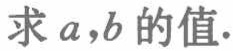
求 \(a,b\) 的值.